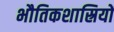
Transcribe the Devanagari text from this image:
भौतिकशास्रियों